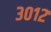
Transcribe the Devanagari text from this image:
३०१२